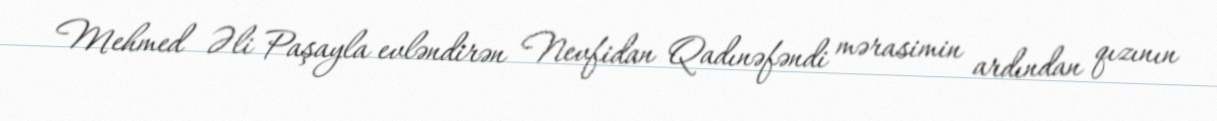
Mehmed Əli Paşayla evləndirən Nevfidan Qadınəfəndi mərasimin ardından qızının